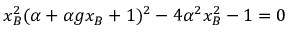
x _ { B } ^ { 2 } ( \alpha + \alpha g x _ { B } + 1 ) ^ { 2 } - 4 \alpha ^ { 2 } x _ { B } ^ { 2 } - 1 = 0